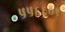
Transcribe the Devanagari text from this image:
५५६६०१